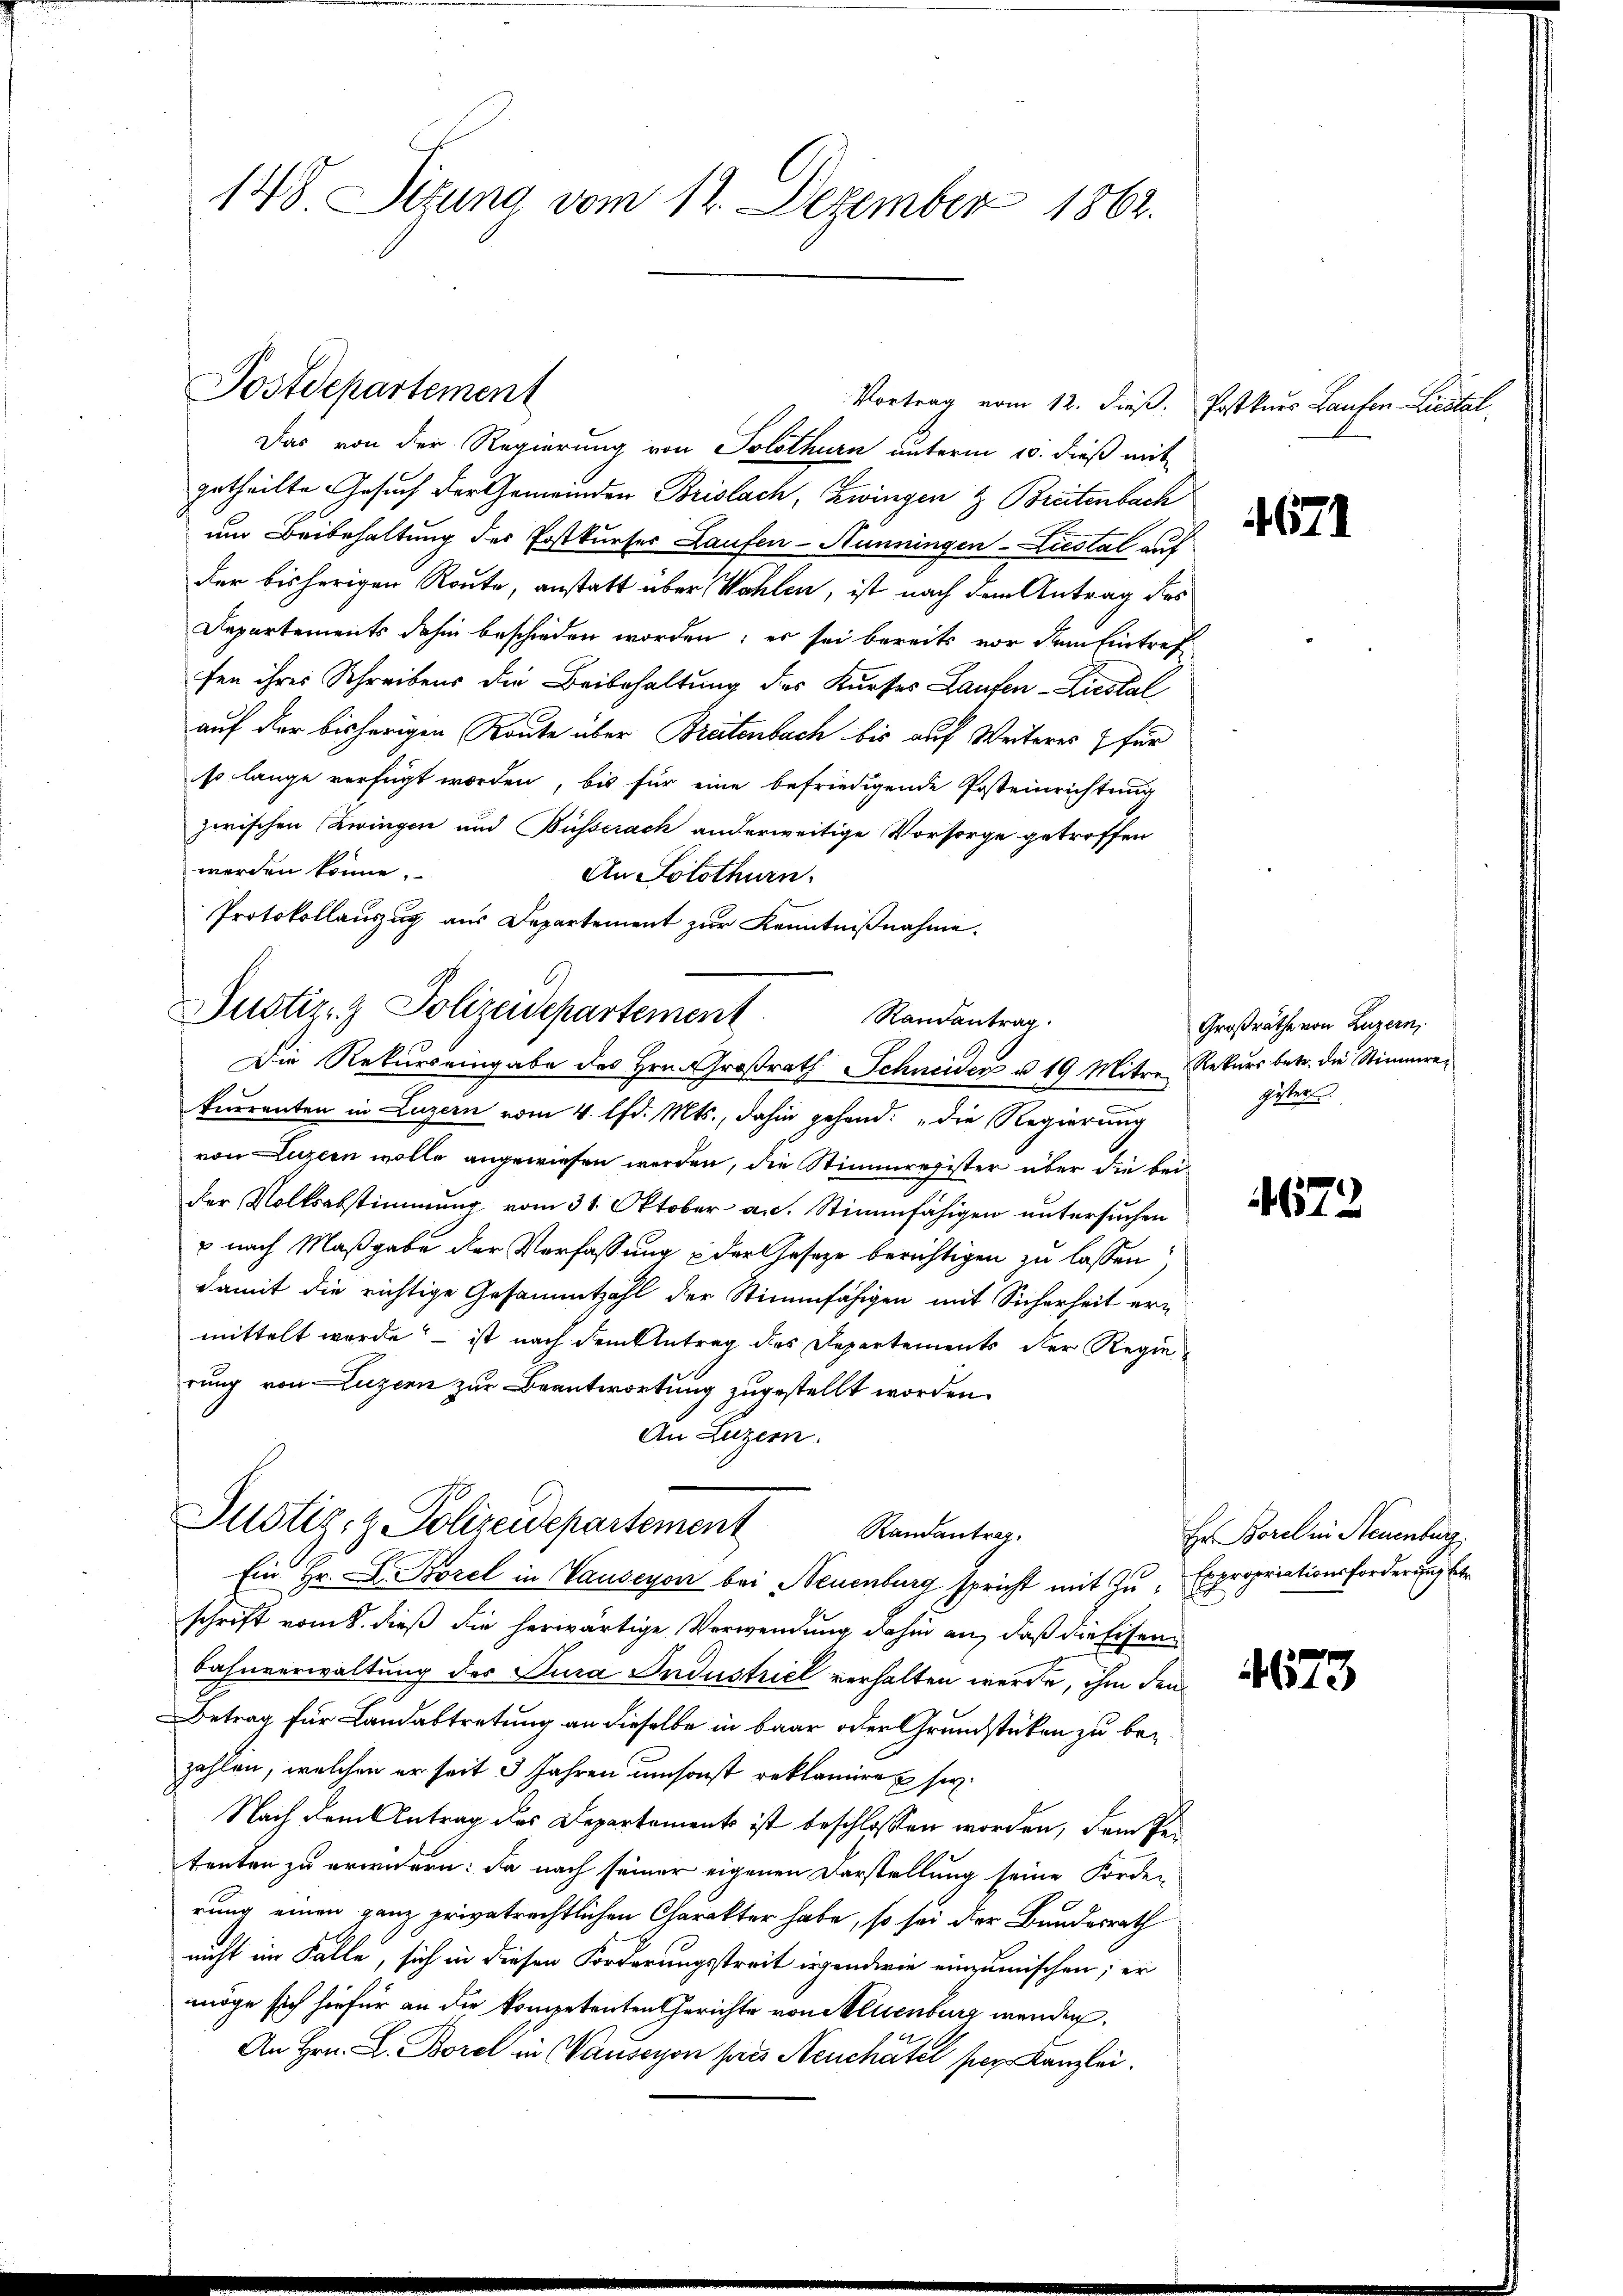
148. Sizung vom 12. Dezember 1862.

Postdepartement

Vortrag vom 12. dieß. Postkurs Laufen Liestal
Das von der Regierung von Solothurn unterm 10. dieß mit
getheilte Gesuch der Gemeinden Brislach, Zwingen & Breitenbach
um Beibehaltung des Postkurses Laufen-Hunningen-Liestal auf
der bisherigen Route, anstatt über Wahlen, ist nach dem Antrag des
Departements dahin beschieden worden; es sei bereits vor dem Eintref
fen ihres Schreibens die Beibehaltung des Kurfes Laufen - Liestal
auf der bisherigen Route über Breitenbach bis auf Weiteres für
so lange verfügt worden, bis für eine befriedigende Posteinrichtung
zwischen Zwingen und Busserach anderweitige Vorsorge getroffen
werden könne.
An Solothurn.
Protokollauszug aus Departement zur Kenntnißnahme.
Justiz- & Polizeidepartement. Randantrag.
Die Rekurs eingabe des Hrn. Großrath Schneider u. 19. Mitre Rekurs betr. die Stimmrekurrenten in Luzern vom 4. lfd. Mts., dahin gehend: „die Regierung
von Luzern wolle angewiesen werden, die Stimmregister über die beider Volksabstimmung vom 31. Oktober an. Stimmfähigen untersuchen
p nach Maßgabe der Verfassung der Gesetze berichtigen zu lassen,
damit die richtige Gesammtzahl der Stimmfähigen mit Sicherheit ermittelt werde, – ist nach dem Antrag des Departements der Regierung von Luzern zur Beantwortung zugestellt worden.
An Luzern.

Justiz- & Polizeidepartement
Randantrag.

Ein Hr. A. Borel in Tauseyon bei Neuenburg spricht mit Zu- Expropriationsforderung betr
schrift vom 8. dieß die herwärtige Verwendung dahin an, daß die Eisen¬
Bahnverwaltung des Jura Industriel verhalten werde, ihm den
Betrag für Landabtretung an dieselbe in baar oder Grundstücken zu bezahlen, welchen er seit 3 Jahren umsonst reklamier sey
Nach dem Antrag des Departements ist beschlossen worden, dem Petenten zu erwidern: da nach seiner eigenen Darstellung seine Forde-
rung einen ganz privatrechtlichen Charakter habe, so sei der Bundesrath
nicht im Falle, sich in diesen Forderungsstreit irgendwie einzumischen; er
möge sich hiefür an die kompetenten Gerichte von Neuenburg wenden.
An Hrn. L. Borel in Hauseyon pres Neuchâtel per Kanzlei.

671

Großräthe von Luzern,
gister.

4672

Hr Borel in Steuenburg,

473